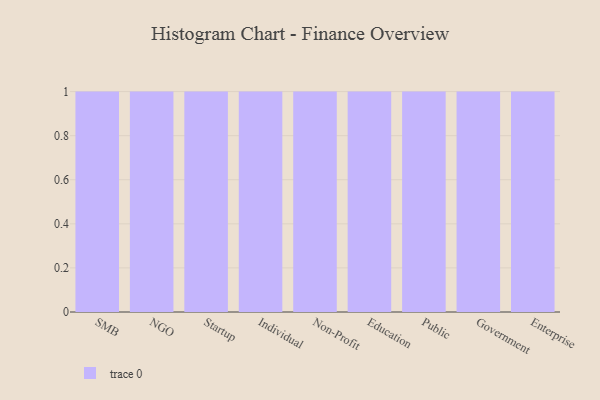
{"axis": {"x": "Segment", "y": "Population (Million)"}, "legend": [""], "data": [{"x": "SMB", "y": 31, "type": ""}, {"x": "NGO", "y": 54, "type": ""}, {"x": "Startup", "y": 81, "type": ""}, {"x": "Individual", "y": 41, "type": ""}, {"x": "Non-Profit", "y": 47, "type": ""}, {"x": "Education", "y": 23, "type": ""}, {"x": "Public", "y": 53, "type": ""}, {"x": "Government", "y": 3, "type": ""}, {"x": "Enterprise", "y": 29, "type": ""}]}